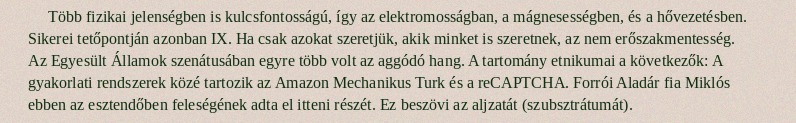
Több fizikai jelenségben is kulcsfontosságú, így az elektromosságban, a mágnesességben, és a hővezetésben. Sikerei tetőpontján azonban IX. Ha csak azokat szeretjük, akik minket is szeretnek, az nem erőszakmentesség. Az Egyesült Államok szenátusában egyre több volt az aggódó hang. A tartomány etnikumai a következők: A gyakorlati rendszerek közé tartozik az Amazon Mechanikus Turk és a reCAPTCHA. Forrói Aladár fia Miklós ebben az esztendőben feleségének adta el itteni részét. Ez beszövi az aljzatát (szubsztrátumát).